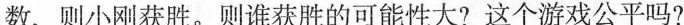
数，则小刚获胜。则谁获胜的可能性大?这个游戏公平吗?